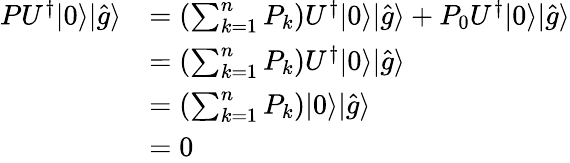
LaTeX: \begin{array}{rl}{PU^{\dagger}|0\rangle|\hat{g}\rangle}&{=(\sum_{k=1}^{n}P_{k})U^{\dagger}|0\rangle|\hat{g}\rangle+P_{0}U^{\dagger}|0\rangle|\hat{g}\rangle}\\ &{=(\sum_{k=1}^{n}P_{k})U^{\dagger}|0\rangle|\hat{g}\rangle}\\ &{=(\sum_{k=1}^{n}P_{k})|0\rangle|\hat{g}\rangle}\\ &{=0}\end{array}